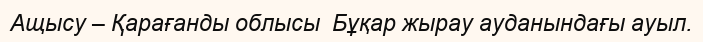
Ащысу – Қарағанды облысы  Бұқар жырау ауданындағы ауыл.